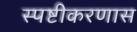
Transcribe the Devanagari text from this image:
स्पष्टीकरणास